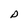
Character: D